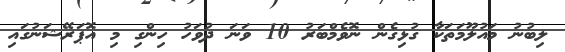
ލިބުނު މައުލޫމަތަކާ ގުޅިގެން ނޮވެމްބަރު 10 ވަނަ ދުވަހު ހިންގި މި އޮޕަރޭޝަނުގައި